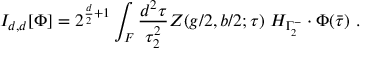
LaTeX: I _ { d , d } [ \Phi ] = 2 ^ { \frac { d } { 2 } + 1 } \int _ { { \cal F } } \frac { d ^ { 2 } \tau } { \tau _ { 2 } ^ { 2 } } Z ( g / 2 , b / 2 ; \tau ) ~ H _ { \Gamma _ { 2 } ^ { - } } \cdot \Phi ( \bar { \tau } ) \ .